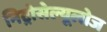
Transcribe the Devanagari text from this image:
निट्रोसेल्यूलोज